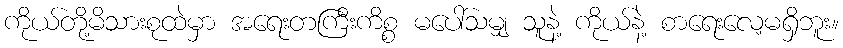
ကိုယ်တို့မိသားစုထဲမှာ အရေးတကြီးကိစ္စ မပေါ်သမျှ သူနဲ့ ကိုယ်နဲ့ စာရေးလေ့မရှိဘူး။